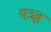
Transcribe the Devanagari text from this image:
पञ्ह